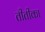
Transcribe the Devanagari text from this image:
तीतीका